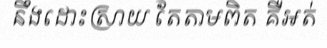
នឹងដោះស្រាយ តែតាមពិត គឺអត់